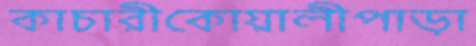
কাচারীকোয়ালীপাড়া